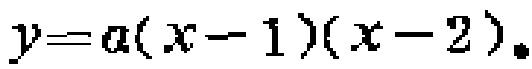
$y = a(x - 1)(x - 2).$